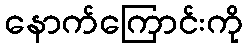
နောက်ကြောင်းကို